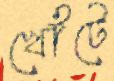
খোঁটে